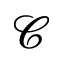
\mathscr { C }